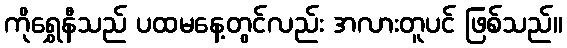
ကိုရွှေနီသည် ပထမနေ့တွင်လည်း အလားတူပင် ဖြစ်သည်။